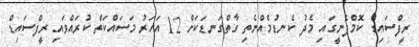
ރީފްސައިޑް ކޮމްޕެނީގައި މެދު ކެނޑުމެއްނެތި ގާތްގަނޑަކަށް 12 އަހަރު މަސައްކަތް ކުރައްވައި ރީފްސައިޑް